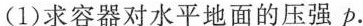
（1）求容器对水平地面的压强p.